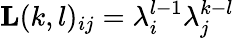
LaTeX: \mathbf{L}(k,l)_{ij}=\lambda_{i}^{l-1}\lambda_{j}^{k-l}